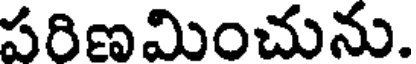
పరిణమించును.